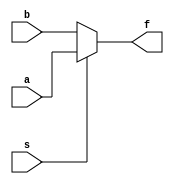
`ifndef _mux2_n_v_
`define _mux2_n_v_
`endif

module mux2_n(a,b,s,f);
  parameter N=1;
  
  input [N-1:0] a, b;
  input s;
  output [N-1:0] f;
  
  assign f = (s) ? (a) : (b);
endmodule